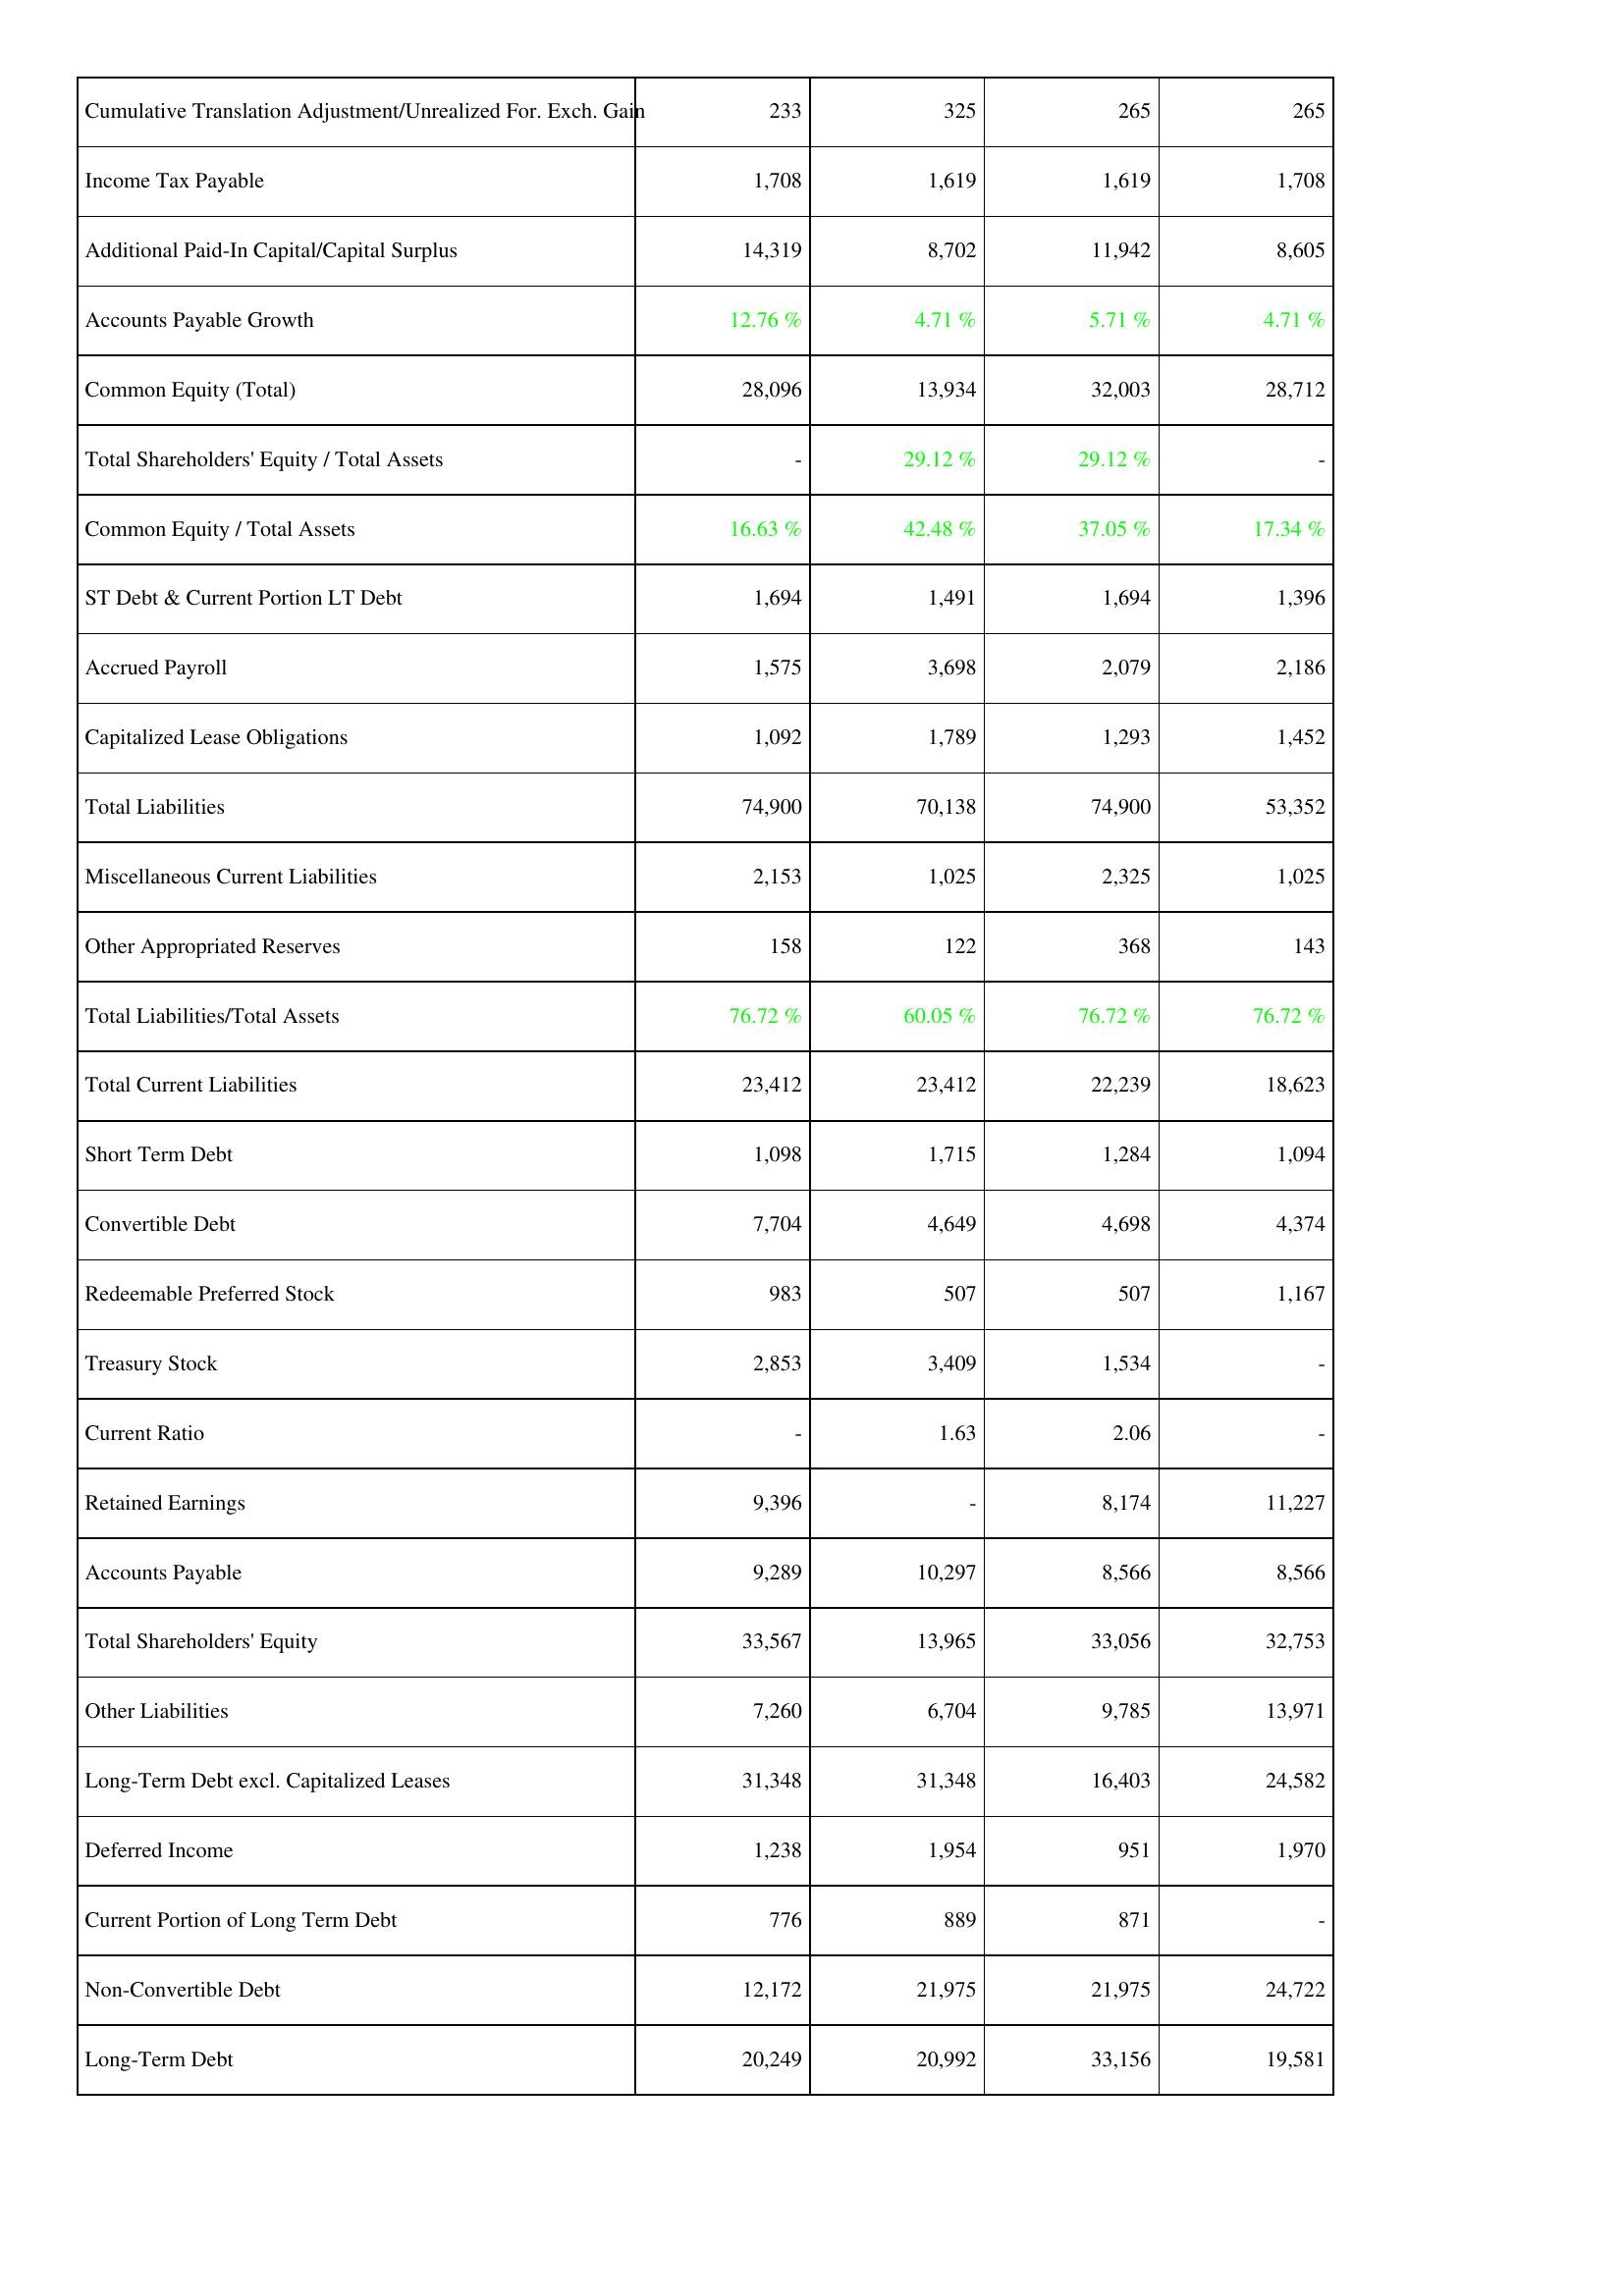
2019: Liabilities & Shareholders' Equity: Cumulative Translation Adjustment/Unrealized For. Exch. Gain: 233
Income Tax Payable: 1,708
Additional Paid-In Capital/Capital Surplus: 14,319
Accounts Payable Growth: 12.76 %
Common Equity (Total): 28,096
Total Shareholders' Equity / Total Assets: -
Common Equity / Total Assets: 16.63 %
ST Debt & Current Portion LT Debt: 1,694
Accrued Payroll: 1,575
Capitalized Lease Obligations: 1,092
Total Liabilities: 74,900
Miscellaneous Current Liabilities: 2,153
Other Appropriated Reserves: 158
Total Liabilities/Total Assets: 76.72 %
Total Current Liabilities: 23,412
Short Term Debt: 1,098
Convertible Debt: 7,704
Redeemable Preferred Stock: 983
Treasury Stock: 2,853
Current Ratio: -
Retained Earnings: 9,396
Accounts Payable: 9,289
Total Shareholders' Equity: 33,567
Other Liabilities: 7,260
Long-Term Debt excl. Capitalized Leases: 31,348
Deferred Income: 1,238
Current Portion of Long Term Debt: 776
Non-Convertible Debt: 12,172
Long-Term Debt: 20,249
2018: Liabilities & Shareholders' Equity: Cumulative Translation Adjustment/Unrealized For. Exch. Gain: 325
Income Tax Payable: 1,619
Additional Paid-In Capital/Capital Surplus: 8,702
Accounts Payable Growth: 4.71 %
Common Equity (Total): 13,934
Total Shareholders' Equity / Total Assets: 29.12 %
Common Equity / Total Assets: 42.48 %
ST Debt & Current Portion LT Debt: 1,491
Accrued Payroll: 3,698
Capitalized Lease Obligations: 1,789
Total Liabilities: 70,138
Miscellaneous Current Liabilities: 1,025
Other Appropriated Reserves: 122
Total Liabilities/Total Assets: 60.05 %
Total Current Liabilities: 23,412
Short Term Debt: 1,715
Convertible Debt: 4,649
Redeemable Preferred Stock: 507
Treasury Stock: 3,409
Current Ratio: 1.63
Retained Earnings: -
Accounts Payable: 10,297
Total Shareholders' Equity: 13,965
Other Liabilities: 6,704
Long-Term Debt excl. Capitalized Leases: 31,348
Deferred Income: 1,954
Current Portion of Long Term Debt: 889
Non-Convertible Debt: 21,975
Long-Term Debt: 20,992
2017: Liabilities & Shareholders' Equity: Cumulative Translation Adjustment/Unrealized For. Exch. Gain: 265
Income Tax Payable: 1,619
Additional Paid-In Capital/Capital Surplus: 11,942
Accounts Payable Growth: 5.71 %
Common Equity (Total): 32,003
Total Shareholders' Equity / Total Assets: 29.12 %
Common Equity / Total Assets: 37.05 %
ST Debt & Current Portion LT Debt: 1,694
Accrued Payroll: 2,079
Capitalized Lease Obligations: 1,293
Total Liabilities: 74,900
Miscellaneous Current Liabilities: 2,325
Other Appropriated Reserves: 368
Total Liabilities/Total Assets: 76.72 %
Total Current Liabilities: 22,239
Short Term Debt: 1,284
Convertible Debt: 4,698
Redeemable Preferred Stock: 507
Treasury Stock: 1,534
Current Ratio: 2.06
Retained Earnings: 8,174
Accounts Payable: 8,566
Total Shareholders' Equity: 33,056
Other Liabilities: 9,785
Long-Term Debt excl. Capitalized Leases: 16,403
Deferred Income: 951
Current Portion of Long Term Debt: 871
Non-Convertible Debt: 21,975
Long-Term Debt: 33,156
2016: Liabilities & Shareholders' Equity: Cumulative Translation Adjustment/Unrealized For. Exch. Gain: 265
Income Tax Payable: 1,708
Additional Paid-In Capital/Capital Surplus: 8,605
Accounts Payable Growth: 4.71 %
Common Equity (Total): 28,712
Total Shareholders' Equity / Total Assets: -
Common Equity / Total Assets: 17.34 %
ST Debt & Current Portion LT Debt: 1,396
Accrued Payroll: 2,186
Capitalized Lease Obligations: 1,452
Total Liabilities: 53,352
Miscellaneous Current Liabilities: 1,025
Other Appropriated Reserves: 143
Total Liabilities/Total Assets: 76.72 %
Total Current Liabilities: 18,623
Short Term Debt: 1,094
Convertible Debt: 4,374
Redeemable Preferred Stock: 1,167
Treasury Stock: -
Current Ratio: -
Retained Earnings: 11,227
Accounts Payable: 8,566
Total Shareholders' Equity: 32,753
Other Liabilities: 13,971
Long-Term Debt excl. Capitalized Leases: 24,582
Deferred Income: 1,970
Current Portion of Long Term Debt: -
Non-Convertible Debt: 24,722
Long-Term Debt: 19,581